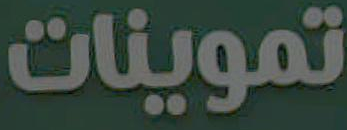
تموينات